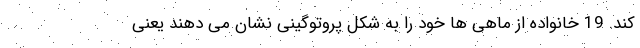
کند. 19 خانواده از ماهی ها خود را به شکل پروتوگینی نشان می دهند یعنی